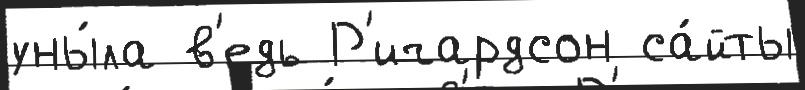
уны́ла в'едь Р'ичардсон са́йты